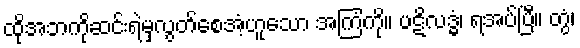
ထိုအဘကိုဆင်းရဲမှလွတ်စေအံ့ဟူသော အကြံကို။ ပဋိလဒ္ဓံ၊ ရအပ်ပြီ။ တွံ၊